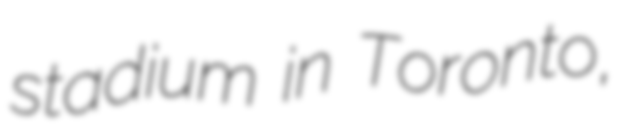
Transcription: stadium in Toronto,